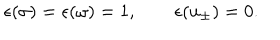
\epsilon ( \sigma ) = \epsilon ( \omega ) = 1 , \qquad \epsilon ( u _ { \pm } ) = 0 .